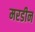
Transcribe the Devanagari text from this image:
मरडीन